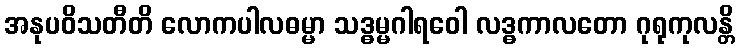
အနုပဝိသတီတိ လောကပါလဓမ္မာ သဒ္ဓမ္မဂါရဝေါ လဒ္ဓကာလတော ဂုရုကုလန္တိ